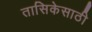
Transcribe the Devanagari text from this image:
तासिकेसाठी